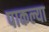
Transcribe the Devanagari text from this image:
पाकल्या